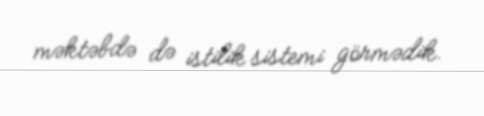
məktəbdə də istilik sistemi görmədik.